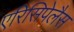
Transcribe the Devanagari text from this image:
एरिसिपेलैस